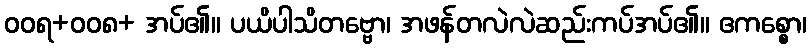
ဝဝရ+ဝဝ၈+ အပ်၏။ ပယိပါသိတဗ္ဗော၊ အဖန်တလဲလဲဆည်းကပ်အပ်၏။ ဧကစ္စော၊